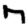
Digit: 7